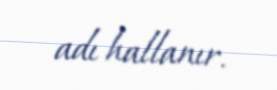
adı hallanır.